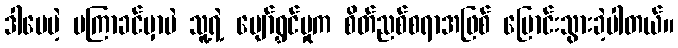
ဒါပေမဲ့ မကြာခင်မှာပဲ သူ့ရဲ့ ပျော်ရွှင်မှုက စိတ်ညစ်စရာအဖြစ် ပြောင်းသွားခဲ့ပါတယ်။